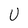
Character: U